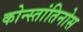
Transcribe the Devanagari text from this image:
कोन्स्तांतिनोस